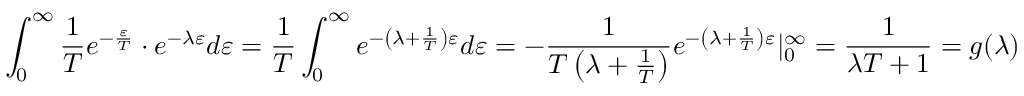
\int _ { 0 } ^ { \infty } { \frac { 1 } { T } } e ^ { - { \frac { \varepsilon } { T } } } \cdot e ^ { - \lambda \varepsilon } d \varepsilon = { \frac { 1 } { T } } \int _ { 0 } ^ { \infty } e ^ { - \left( \lambda + { \frac { 1 } { T } } \right) \varepsilon } d \varepsilon = - { \frac { 1 } { T \left( \lambda + { \frac { 1 } { T } } \right) } } e ^ { - \left( \lambda + { \frac { 1 } { T } } \right) \varepsilon } | _ { 0 } ^ { \infty } = { \frac { 1 } { \lambda T + 1 } } = g ( \lambda )